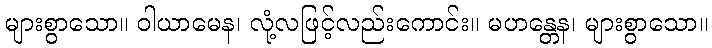
များစွာသော။ ဝါယာမေန၊ လုံ့လဖြင့်လည်းကောင်း။ မဟန္တေန၊ များစွာသော။